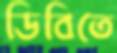
ডিবিতে